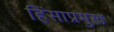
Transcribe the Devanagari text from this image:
हिंसाप्रमुख